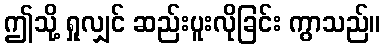
ဤသို့ ရှုလျှင် ဆည်းပူးလိုခြင်း ကွာသည်။